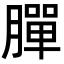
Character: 䐷